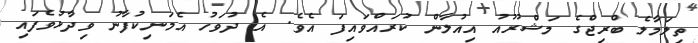
ތިލަމާލެ ބްރިޖްގެ މަޝްރޫއު އިއުލާން ކުރައްވައިފަ އެވެ. އެ ދުވަހު އެމަނިކުފާނު ވިދާޅުވެފައި